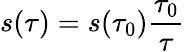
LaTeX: s(\tau)=s(\tau_{0})\frac{\tau_{0}}{\tau}